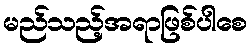
မည်သည့်အရာဖြစ်ပါစေ